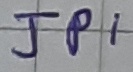
Text: JPI